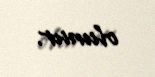
olunur.